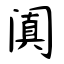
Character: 阗